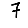
Digit: 7